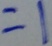
= 1